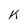
Character: K